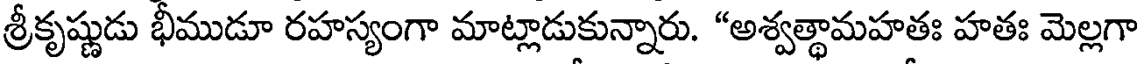
శ్రీకృష్ణుడు భీముడూ రహస్యంగా మాట్లాడుకున్నారు. "అశ్వత్థామహతః హతః మెల్లగా